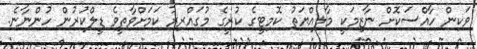
ވަކިން ހާއްސަކޮށް ނާޒިމަކީ މާލިއްޔަތު ކޮމިޓީގެ ކުރީގެ މުގައްރިރު ކަމަށްވާތީވެ ޑީލްކުރުން ހުންނާނެ.